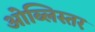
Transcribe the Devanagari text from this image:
ओब्लिस्तर